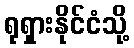
ရုရှားနိုင်ငံသို့